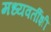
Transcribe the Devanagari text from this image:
मध्यवर्तीशी